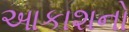
આકાશનો